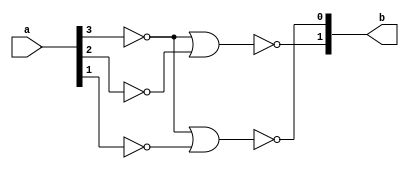
module Pearce_i_encoder_4_2
(
input wire [3:0] a,
output wire [1:0] b
);

wire [3:0] na;
nor (na[3],a[3],a[3]);
nor (na[2],a[2],a[2]);
nor (na[1],a[1],a[1]);
nor (b[1], na[3], na[2]);
nor (b[0], na[3], na[1]);  
endmodule